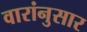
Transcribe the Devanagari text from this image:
वारांनुसार